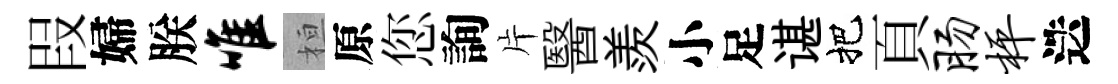
叚婦朕唯桓原您詢片醫羨小足谌把頁肠枰迭